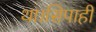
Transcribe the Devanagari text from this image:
था।सिपाही